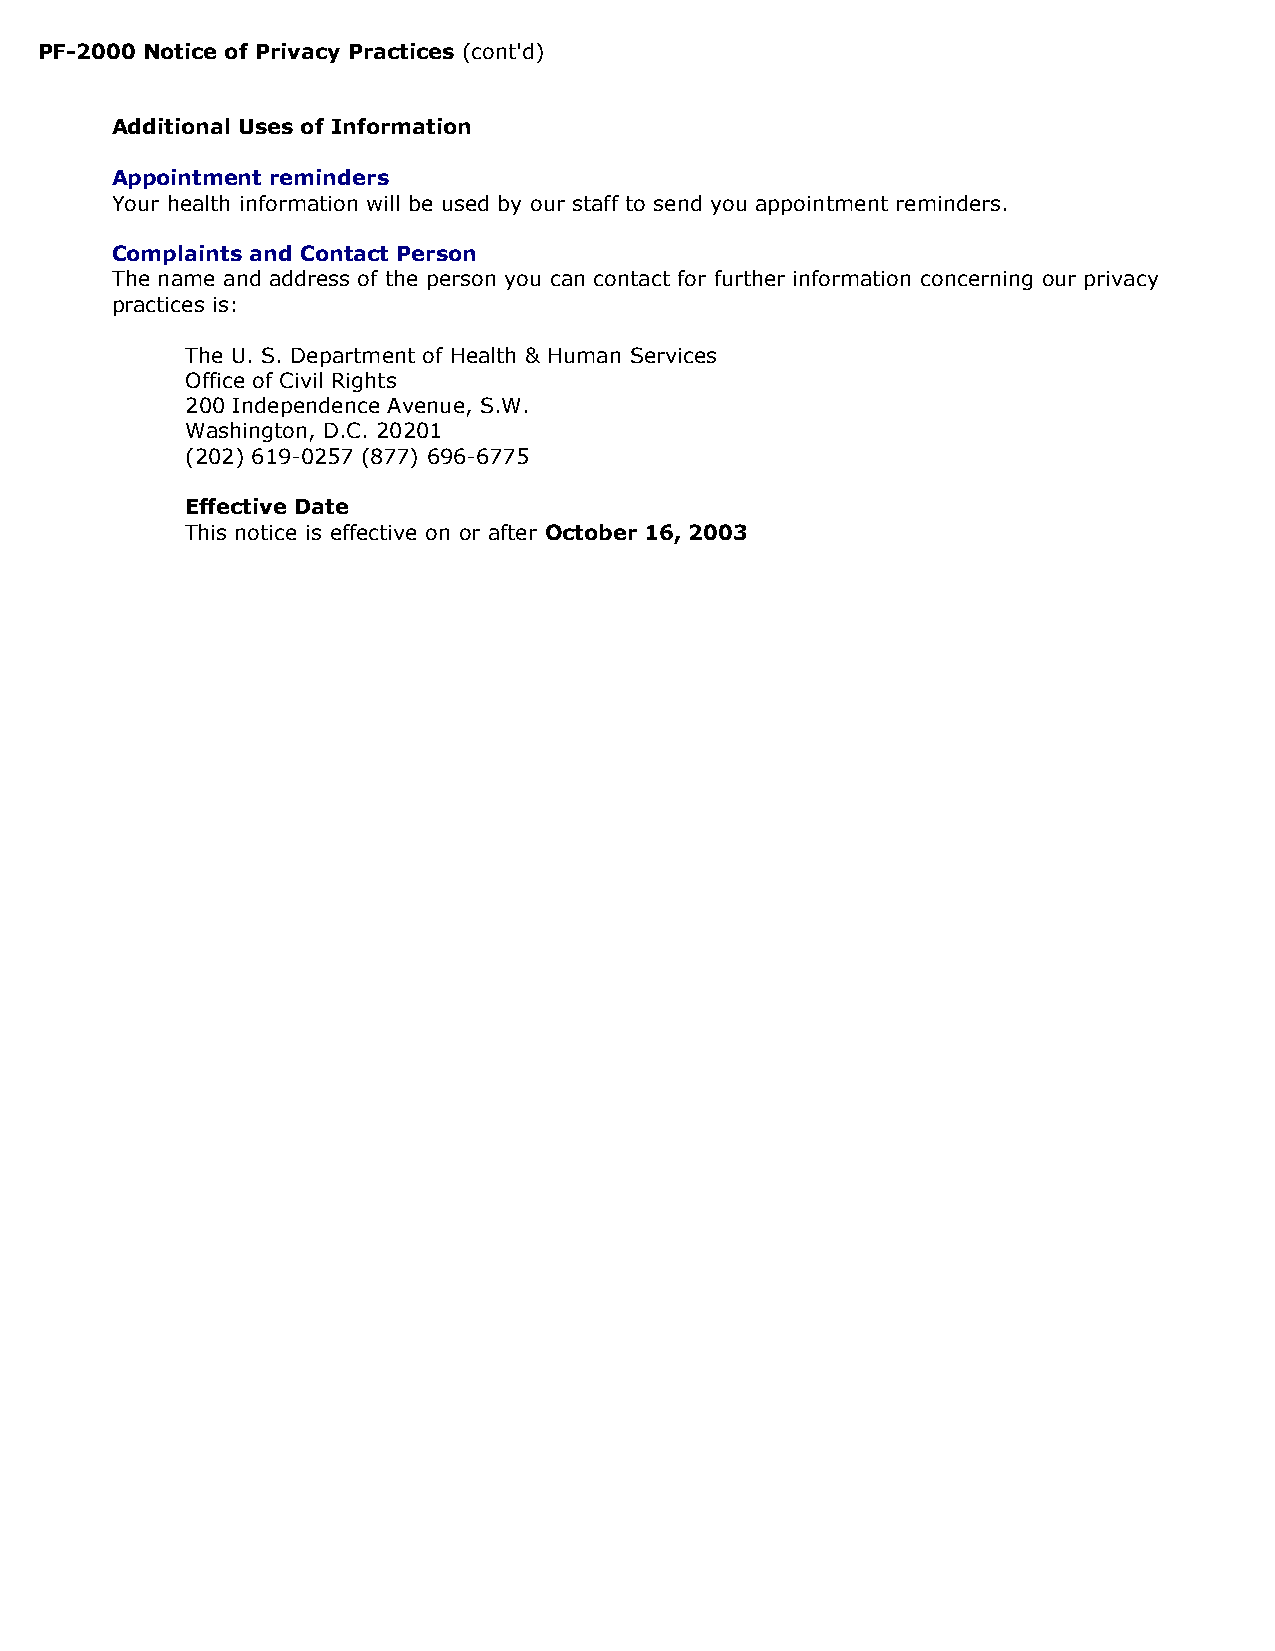
PF-2000 Notice of Privacy Practices (cont'd)
 Additional Uses of Information
 Appointment reminders
 Your health information will be used by our staff to send you appointment reminders.
 Complaints and Contact Person
 The name and address of the person you can contact for further information concerning our privacy
 practices is:
 The U. S. Department of Health & Human Services
 Office of Civil Rights
 200 Independence Avenue, S.W.
 Washington, D.C. 20201
 (202) 619-0257 (877) 696-6775
 Effective Date
 This notice is effective on or after October 16, 2003